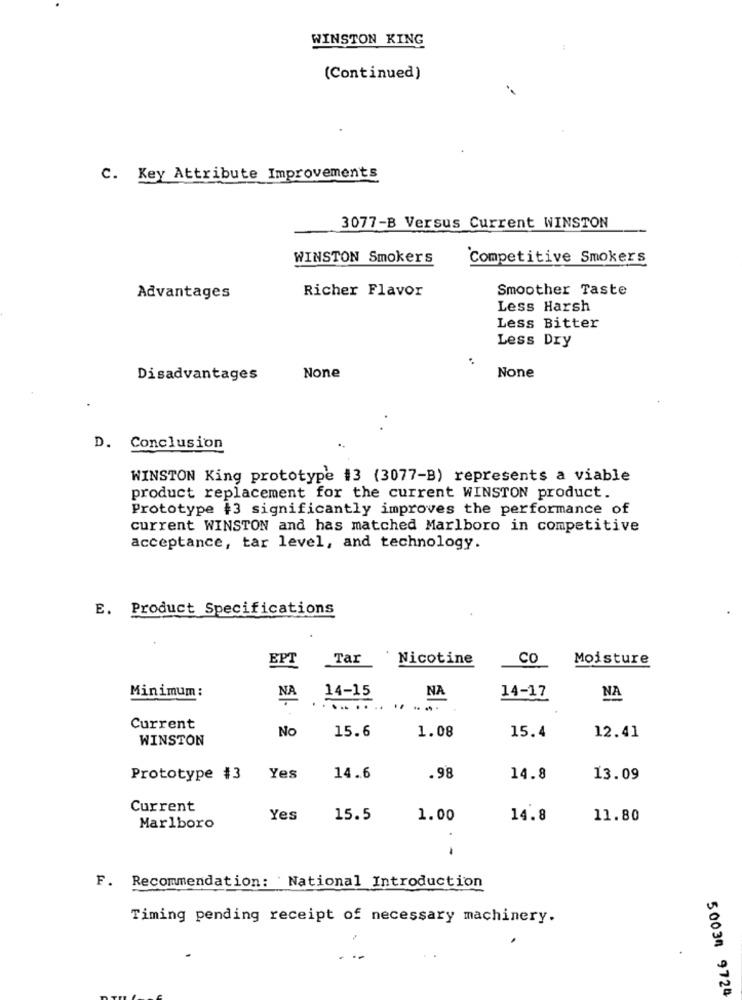
WINSTON KING
:
(Continued)
--
C. Key Attribute Improvements
3077-B Versus Current WINSTON
WINSTON Smokers
Competitive Smokers
Richer Flavor
Smoother Taste
Advantages
Less Harsh
Less Bitter
Less Dry
.
Disadvantages
D. Conclusion
WINSTON King prototype #3 (3077-B) represents a viable
product replacement for the current WINSTON product.
Prototype +3 significantly improves the performance of
current WINSTON and has matched Marlboro in competitive
acceptance, tar level, and technology.
E. Product Specifications
EPT
Tar
Nicotine
CO
Moisture
Minimum:
NA
14-17
14-15
NA
NA
....
Current
No
15.6
1.08
12.41
WINSTON
15.4
Prototype #3
Yes
14.6
.98
14.8
13.09
Current
Yes
15.5
1.00
14.8
11.80
Marlboro
F. Recommendation: National Introduction
Timing pending receipt of necessary machinery.
50034 9724